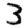
Digit: 3